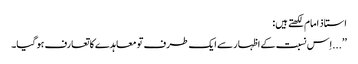
استاذ امام لکھتے ہیں:
’’...اِس نسبت کے اظہار سے ایک طرف تو معاہدے کا تعارف ہو گیا۔